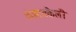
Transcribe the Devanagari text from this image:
कंसासकैली